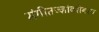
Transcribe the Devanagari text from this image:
संगीतज्ज्ञांबरोबरच